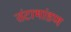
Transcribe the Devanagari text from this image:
तंटाभांडण